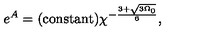
e ^ { A } = \mathrm { ( c o n s t a n t ) } \chi ^ { - \frac { 3 + \sqrt { 3 \Omega _ { 0 } } } { 6 } } ,